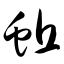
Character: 蚯